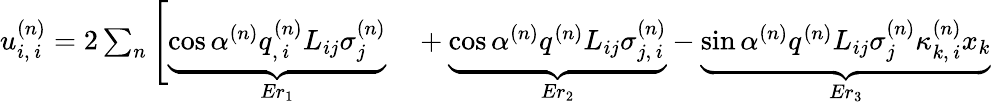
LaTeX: \begin{array}{rl}{u_{i,\, i}^{(n)}=2\sum_{n}\Bigg[\underbrace{\cos\alpha^{(n)}q_{,\, i}^{(n)}L_{ij}\sigma_{j}^{(n)}}_{Er_{1}}}&{{}+\underbrace{\cos\alpha^{(n)}q^{(n)}L_{ij}\sigma_{j,\, i}^{(n)}}_{Er_{2}}-\underbrace{\sin\alpha^{(n)}q^{(n)}L_{ij}\sigma_{j}^{(n)}\kappa_{k,\, i}^{(n)}x_{k}}_{Er_{3}}}\end{array}